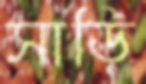
সাড়ি